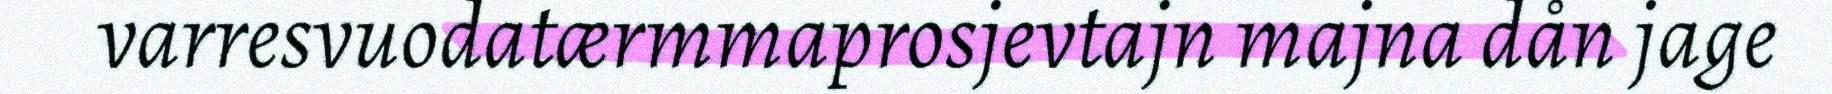
varresvuodatærmmaprosjevtajn majna dån jage